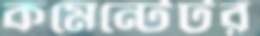
কমেন্টেটর